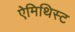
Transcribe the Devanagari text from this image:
ऐमिथिस्ट